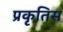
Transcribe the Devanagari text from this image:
प्रकृतिस